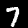
Digit: 7